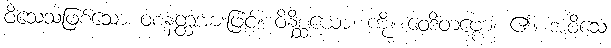
ဝိသေသဖြစ်သော ဝစနတ္ထအားဖြင့်။ ဝိနိစ္ဆယော၊ ကို။ ဝေဒိတဗ္ဗော၊ ၏။ အဝိသေ